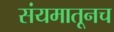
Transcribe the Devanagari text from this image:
संयमातूनच